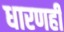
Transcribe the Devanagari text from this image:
धारणही